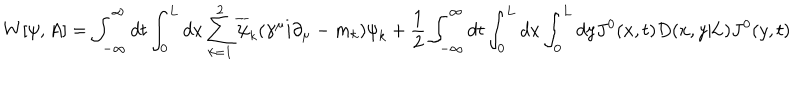
W [ { \psi } , A ] = \int _ { - \infty } ^ { \infty } d t \int _ { 0 } ^ { \mathrm { L } } d x \sum _ { k = 1 } ^ { 2 } \overline { { { \psi } } } _ { k } ( { \gamma } ^ { \mu } i { \partial } _ { \mu } - m _ { k } ) { \psi } _ { k } + \frac { 1 } { 2 } \int _ { - \infty } ^ { \infty } d t \int _ { 0 } ^ { \mathrm { L } } d x \int _ { 0 } ^ { \mathrm { L } } d y J ^ { 0 } ( x , t ) D ( x , y | \mathrm { L } ) J ^ { 0 } ( y , t )